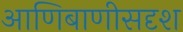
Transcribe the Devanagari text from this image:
आणिबाणीसदृश